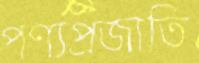
পণ্যপ্রজাতি